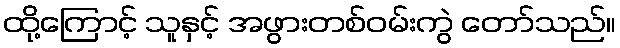
ထို့ကြောင့် သူနှင့် အဖွားတစ်ဝမ်းကွဲ တော်သည်။